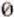
0